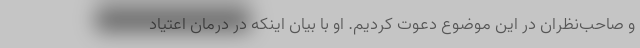
و صاحب‌نظران در این موضوع دعوت کردیم. او با بیان اینکه در درمان اعتیاد